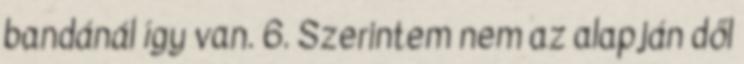
bandánál í­gy van. 6. Szerintem nem az alapján dől